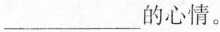
___的心情。